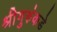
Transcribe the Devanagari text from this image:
श्रीगुरुंकडे